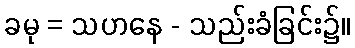
ခမု = သဟနေ - သည်းခံခြင်း၌။